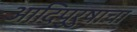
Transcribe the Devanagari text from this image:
आदिपुरुषाचा